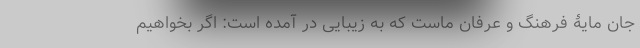
جان مایۀ فرهنگ و عرفان ماست که به زیبایی در آمده است: اگر بخواهیم